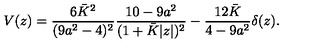
V ( z ) = { \frac { 6 \bar { K } ^ { 2 } } { ( 9 a ^ { 2 } - 4 ) ^ { 2 } } } { \frac { 1 0 - 9 a ^ { 2 } } { ( 1 + \bar { K } | z | ) ^ { 2 } } } - { \frac { 1 2 \bar { K } } { 4 - 9 a ^ { 2 } } } \delta ( z ) .